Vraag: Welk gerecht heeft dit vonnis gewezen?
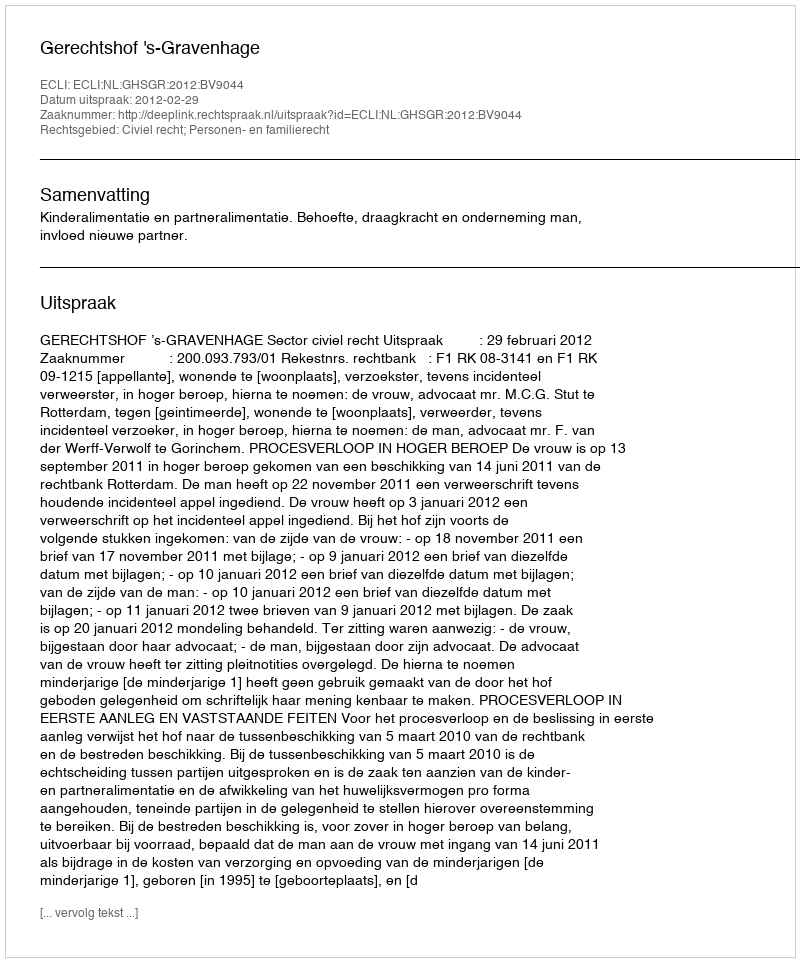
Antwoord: Gerechtshof 's-Gravenhage